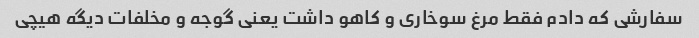
سفارشی که دادم فقط مرغ سوخاری و کاهو داشت یعنی گوجه و مخلفات دیگه هیچی